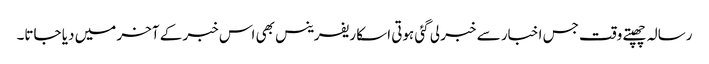
رسالہ چھپتے وقت جس اخبار سے خبر لی گئی ہوتی اسکا ریفرینس بھی اس خبر کے آخر میں دیا جاتا۔